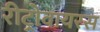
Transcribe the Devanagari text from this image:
रीट्रोवायरस